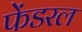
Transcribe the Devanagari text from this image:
फेंडरल